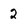
Character: 2